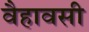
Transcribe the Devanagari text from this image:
वैहावसी